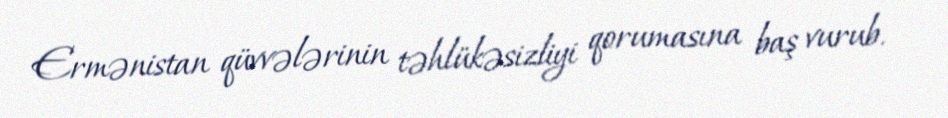
Ermənistan qüvvələrinin təhlükəsizliyi qorumasına baş vurub.